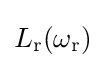
L_{\text{r}}(\omega _{\text{r}})